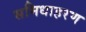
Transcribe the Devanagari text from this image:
समिधाहरण